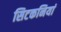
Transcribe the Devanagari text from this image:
सिटकनियां